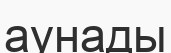
аунады